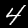
Label: 4